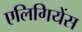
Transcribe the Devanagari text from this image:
एलिगियेंस